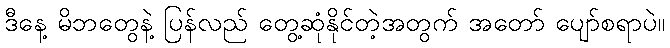
ဒီနေ့ မိဘတွေနဲ့ ပြန်လည် တွေ့ဆုံနိုင်တဲ့အတွက် အတော် ပျော်စရာပဲ။